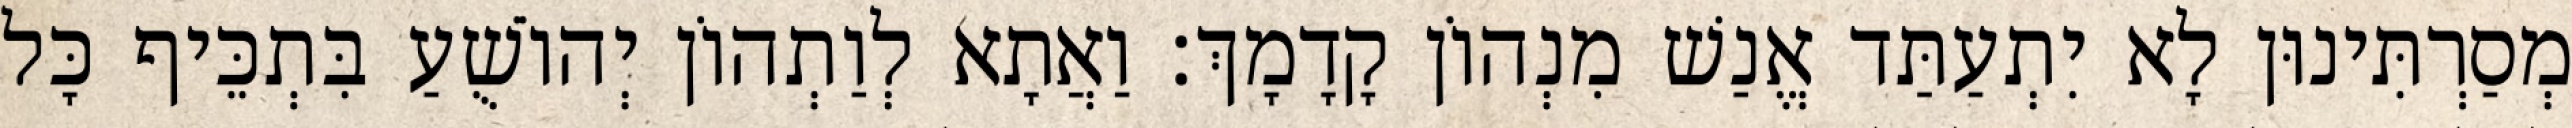
מְסַרְתִּינוּן לָא יִתְעַתַּד אֱנַשׁ מִנְהוֹן קָדָמָךְ׃ וַאֲתָא לְוַתְהוֹן יְהוֹשֻׁעַ בִּתְכֵּיף כָּל